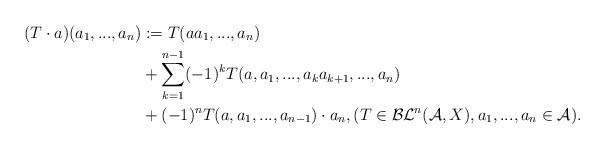
LaTeX: \begin{align*}(T\cdot a)(a_1,..., a_{n})&:= T(aa_1,..., a_{n})\\&+\sum_{k=1}^{n-1}(-1)^kT(a,a_1,..., a_ka_{k+1},..., a_{n})\\&+(-1)^{n}T(a,a_1,..., a_{n-1})\cdot a_{n}, (T\in \mathcal{BL}^n(\mathcal{A},X), a_1,..., a_{n}\in \mathcal{A}).\end{align*}